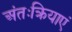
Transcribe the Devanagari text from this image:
अंतःक्रियाएं